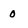
Character: 0